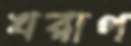
খরাপ